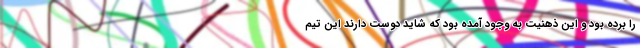
را برده بود و این ذهنیت به وجود آمده بود که شاید دوست دارند این تیم